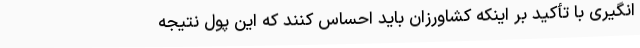
انگیری با تأکید بر اینکه کشاورزان باید احساس کنند که این پول نتیجه